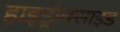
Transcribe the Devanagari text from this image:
हाइड्रॅाक्साइड